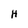
Character: H